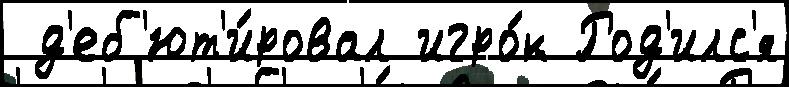
 д'еб'ют'и́ровал игро́к Род'илс'я